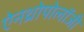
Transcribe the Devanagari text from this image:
ऐनथ्रोपोलॉजी